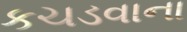
કચડવાના